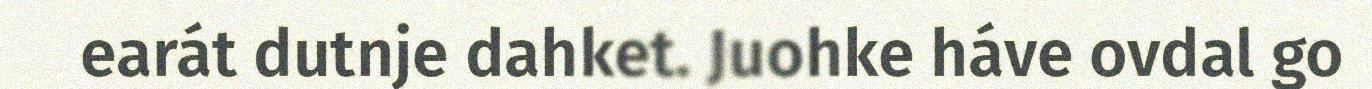
earát dutnje dahket. Juohke háve ovdal go